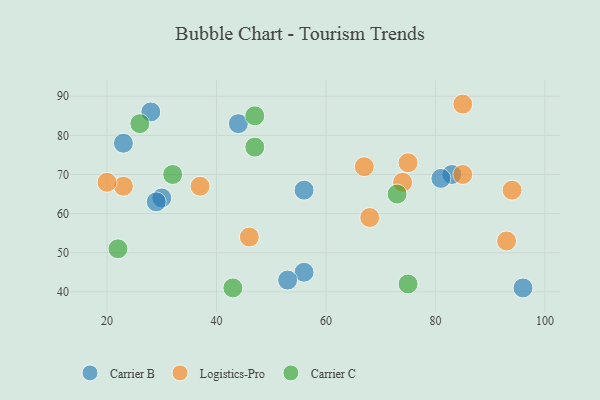
{"axis": {"x": "GDP", "y": "Life Expectancy"}, "legend": ["Carrier B", "Carrier C", "Logistics-Pro"], "data": [{"x": "56", "y": 66, "type": "Carrier B"}, {"x": "44", "y": 83, "type": "Carrier B"}, {"x": "83", "y": 70, "type": "Carrier B"}, {"x": "23", "y": 78, "type": "Carrier B"}, {"x": "30", "y": 64, "type": "Carrier B"}, {"x": "29", "y": 63, "type": "Carrier B"}, {"x": "56", "y": 45, "type": "Carrier B"}, {"x": "53", "y": 43, "type": "Carrier B"}, {"x": "96", "y": 41, "type": "Carrier B"}, {"x": "28", "y": 86, "type": "Carrier B"}, {"x": "81", "y": 69, "type": "Carrier B"}, {"x": "68", "y": 59, "type": "Logistics-Pro"}, {"x": "75", "y": 73, "type": "Logistics-Pro"}, {"x": "23", "y": 67, "type": "Logistics-Pro"}, {"x": "37", "y": 67, "type": "Logistics-Pro"}, {"x": "94", "y": 66, "type": "Logistics-Pro"}, {"x": "46", "y": 54, "type": "Logistics-Pro"}, {"x": "74", "y": 68, "type": "Logistics-Pro"}, {"x": "20", "y": 68, "type": "Logistics-Pro"}, {"x": "85", "y": 88, "type": "Logistics-Pro"}, {"x": "67", "y": 72, "type": "Logistics-Pro"}, {"x": "93", "y": 53, "type": "Logistics-Pro"}, {"x": "85", "y": 70, "type": "Logistics-Pro"}, {"x": "73", "y": 65, "type": "Carrier C"}, {"x": "22", "y": 51, "type": "Carrier C"}, {"x": "26", "y": 83, "type": "Carrier C"}, {"x": "43", "y": 41, "type": "Carrier C"}, {"x": "47", "y": 77, "type": "Carrier C"}, {"x": "47", "y": 85, "type": "Carrier C"}, {"x": "32", "y": 70, "type": "Carrier C"}, {"x": "75", "y": 42, "type": "Carrier C"}]}